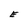
Character: E